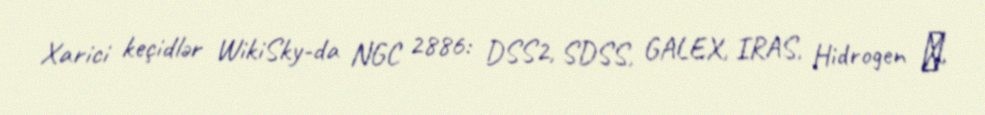
Xarici keçidlər WikiSky-da NGC 2886: DSS2, SDSS, GALEX, IRAS, Hidrogen α,